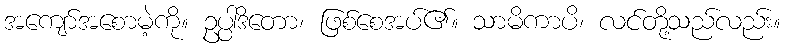
အကျော်အစောမဲ့ကို။ ဥပ္ပါဒိတော၊ ဖြစ်စေအပ်၏။ သာမိကာပိ၊ လင်တို့သည်လည်း။